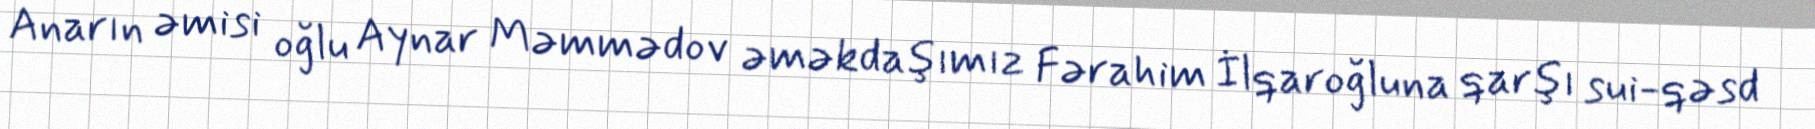
Anarın əmisi oğlu Aynar Məmmədov əməkdaşımız Fərahim İlqaroğluna qarşı sui-qəsd